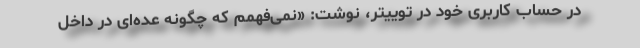
در حساب کاربری خود در توییتر، نوشت: «نمی‌فهمم که چگونه عده‌ای در داخل